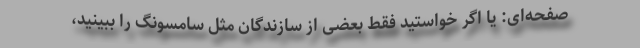
صفحه‌ای: یا اگر خواستید فقط بعضی از سازندگان مثل سامسونگ را ببینید،